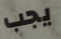
يجب